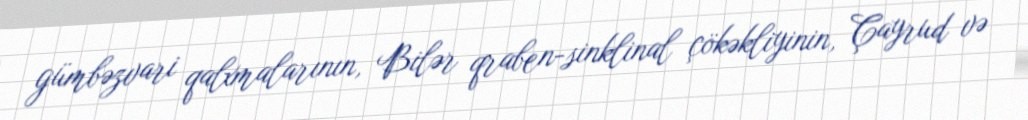
gümbəzvari qalxmalarının, Bilər qraben-sinklinal çökəkliyinin, Çayrud və